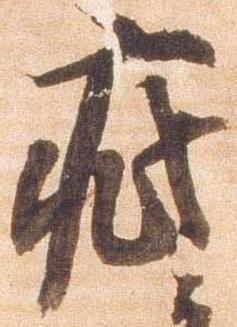
疵